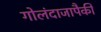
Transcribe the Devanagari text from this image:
गोलंदाजापैकी